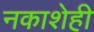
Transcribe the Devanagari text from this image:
नकाशेही